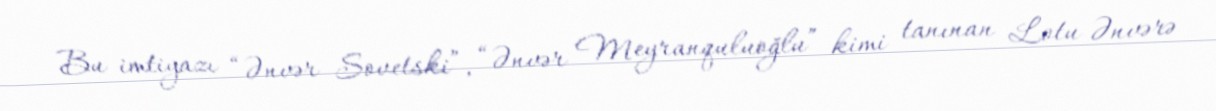
Bu imtiyazı “Ənvər Sovetski”, “Ənvər Meyranquluoğlu” kimi tanınan Lotu Ənvərə